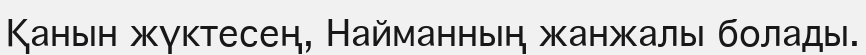
Қанын жүктесең, Найманның жанжалы болады.